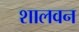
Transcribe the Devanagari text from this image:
शालवन